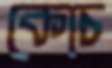
কোচ